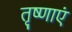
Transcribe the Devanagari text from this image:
तृष्णाएं